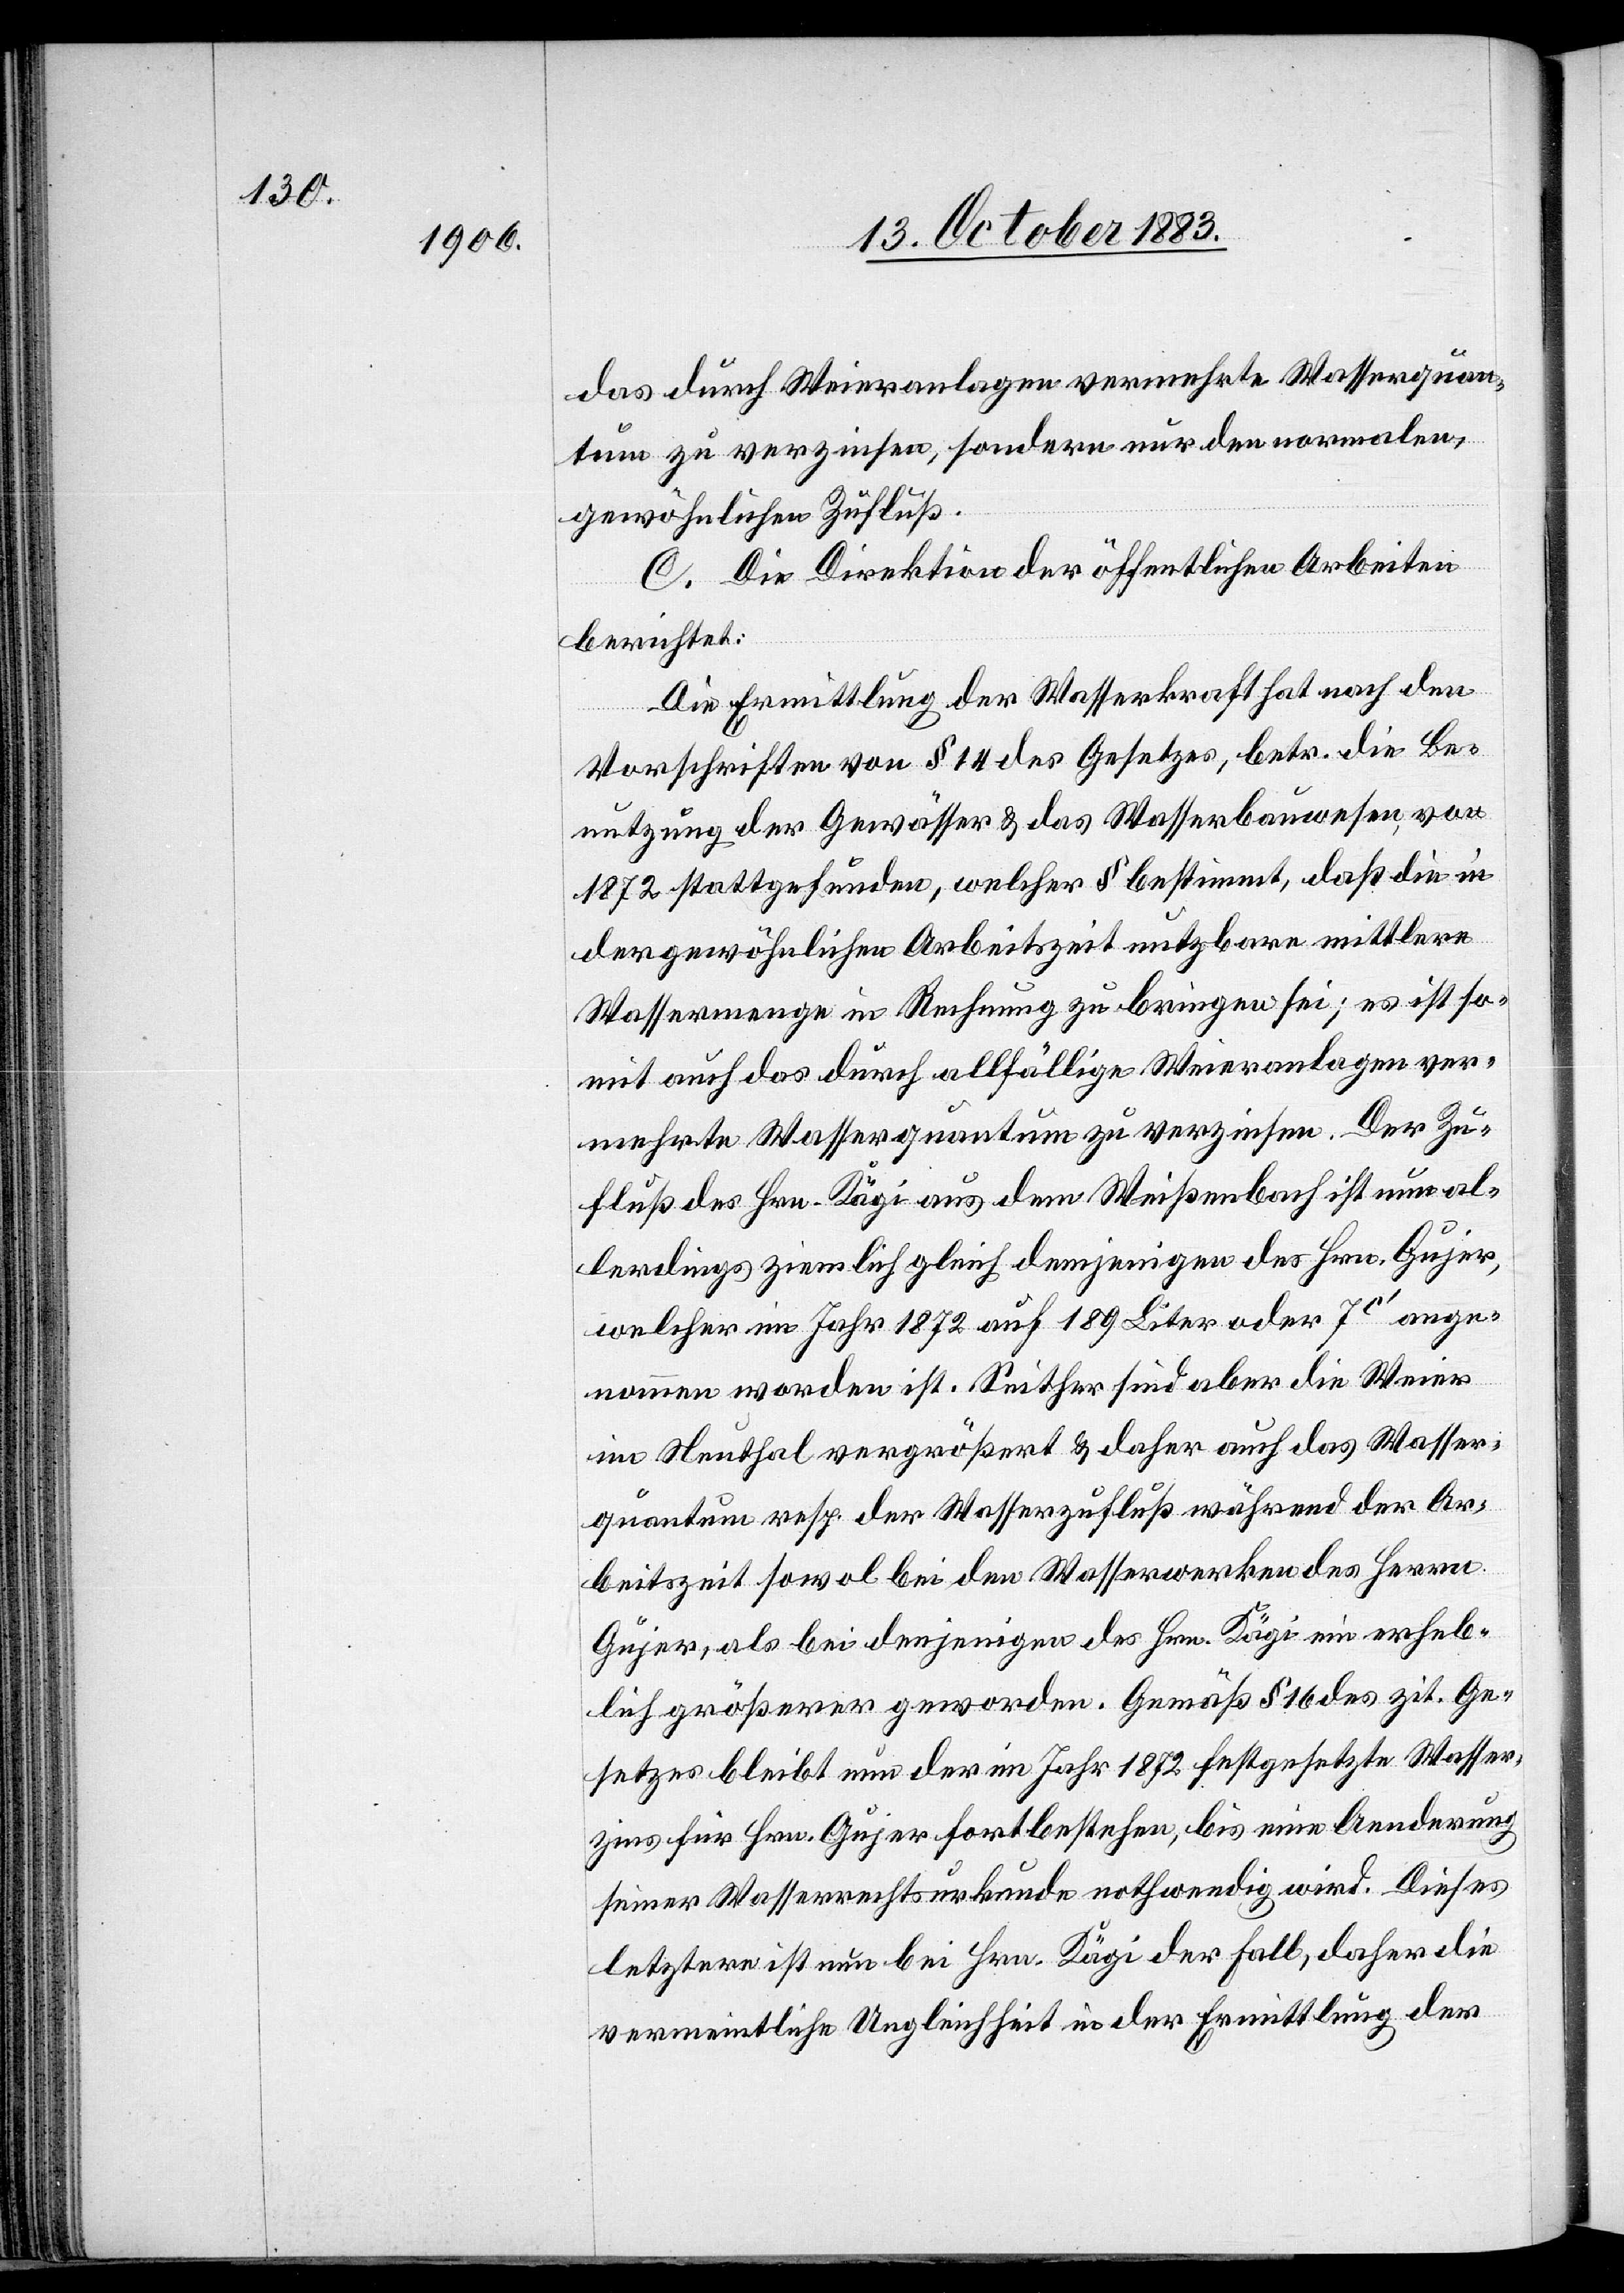
das durch Weieranlagen vermehrte Wasserquan¬
tum zu verzinsen, sondern nur den normalen,
gewöhnlichen Zufluß.
C. Die Direktion der öffentlichen Arbeiten
berichtet:
Die Ermittlung der Wasserkraft nach den
Vorschriften von § 14 des Gesetzes, betr. die Be¬
nutzung der Gewässer & das Wasserbauwesen, von
1872 stattgefunden, welcher § bestimmt, daß die in
der gewöhnlichen Arbeitszeit nutzbare mittlere
Wassermenge in Rechnung zu bringen sei; es ist so¬
mit auch das durch allfällige Weieranlagen ver¬
mehrte Wasserquantum zu verzinsen. Der Zu¬
fluß des Hrn. Kägi aus dem Weißenbach ist nun al¬
lerdings ziemlich gleich demjenigen des Hrn. Gujer,
welcher im Jahr 1872 auf 189 Liter oder 7c‘ ange¬
nommen worden ist. Seither sind aber die Weier
im Neuthal vergrößert & daher auch das Wasser¬
quantum resp. der Wasserzufluß während der Ar¬
beitszeit sowol bei den Wasserwerken des Herrn
Gujer, als bei denjenigen des Hrn. Kägi ein erheb¬
lich größerer geworden. Gemäß § 16 des zit. Ge¬
setzes bleibt nun der im Jahr 1872 festgesetzte Wasser¬
zins für Hrn. Gujer fortbestehen, bis eine Aenderung
seiner Wasserrechtsurkunde nothwendig wird. Dieses
letztere ist nun bei Hrn. Kägi der Fall, daher die
vermeintliche Ungleichheit in der Ermittlung der